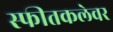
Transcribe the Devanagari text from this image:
स्फीतकलेवर